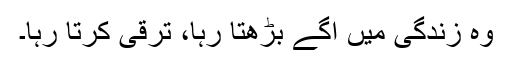
وہ زندگی میں آگے بڑھتا رہا، ترقّی کرتا رہا۔